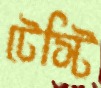
টেস্টি